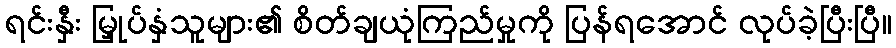
ရင်းနှီး မြှုပ်နှံသူများ၏ စိတ်ချယုံကြည်မှုကို ပြန်ရအောင် လုပ်ခဲ့ပြီးပြီ။